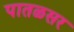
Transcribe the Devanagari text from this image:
पातळसर